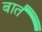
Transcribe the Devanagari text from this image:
बातैं